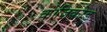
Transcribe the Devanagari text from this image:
कोज़िकोड़